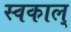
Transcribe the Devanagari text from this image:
स्वकाल्